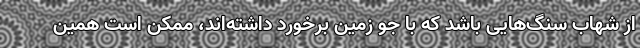
از شهاب سنگ‌هایی باشد که با جو زمین برخورد داشته‌اند، ممکن است همین